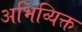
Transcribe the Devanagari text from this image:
अभिव्यिक्त